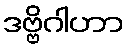
ဒဗ္ဗိဂါဟာ